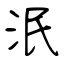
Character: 泯